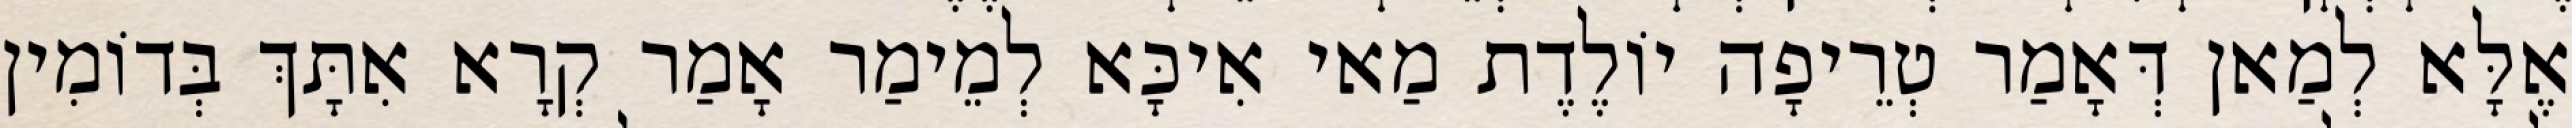
אֶלָּא לְמַאן דְּאָמַר טְרֵיפָה יוֹלֶדֶת מַאי אִיכָּא לְמֵימַר אָמַר קְרָא אִתָּךְ בְּדוֹמִין